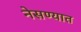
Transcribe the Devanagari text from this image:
नेसण्यात